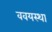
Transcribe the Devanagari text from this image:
ववयस्था